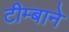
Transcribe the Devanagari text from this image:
टीम्बाने